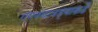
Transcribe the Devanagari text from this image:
गगनबावड्याकडे